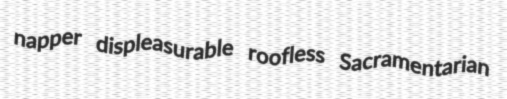
napper displeasurable roofless Sacramentarian